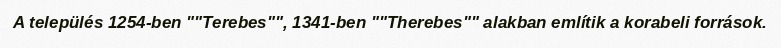
A település 1254-ben ""Terebes"", 1341-ben ""Therebes"" alakban említik a korabeli források.